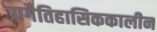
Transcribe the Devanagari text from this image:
प्रागैतिहासिककालीन